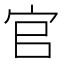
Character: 官